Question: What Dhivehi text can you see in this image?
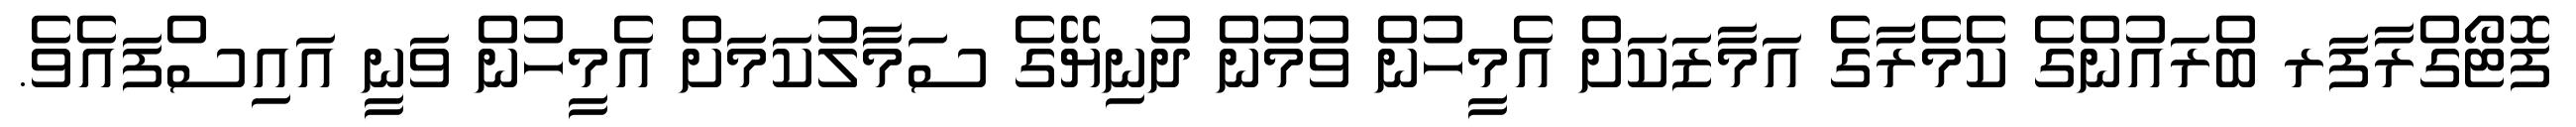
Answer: ފޮޓޯގްރާފަރ ބްރައުންގެ ކެމެރާގެ އަމާޒަކަށް އެމީހުން ވުމުން ދުނިޔޭގެ ސަމާލުކަމަށް އެމީހުން ވަނީ އައިސްފައެވެ.